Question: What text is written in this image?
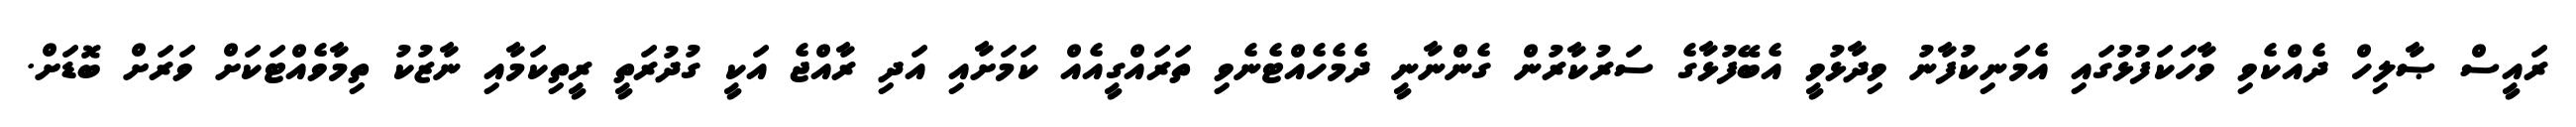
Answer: ރައީސް ޞާލިހް ދެއްކެވި ވާހަކަފުޅުގައި އެމަނިކުފާނު ވިދާޅުވީ އެބޭފުޅާގެ ސަރުކާރުން ގެންނާނީ ދެމެހެއްޓެނެވި ތަރައްގީއެއް ކަމަށާއި އަދި ރާއްޖެ އަކީ ގުދުރަތީ ރީތިކަމާއި ނާޒުކު ތިމާވެއްޓަކަށް ވަރަށް ބޮޑަށް.